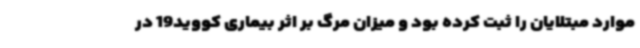
موارد مبتلایان را ثبت کرده بود و میزان مرگ بر اثر بیماری کووید19 در